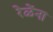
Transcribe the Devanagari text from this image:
रेळेंना